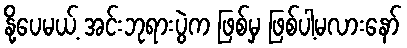
နို့ပေမယ့် အင်းဘုရားပွဲက ဖြစ်မှ ဖြစ်ပါ့မလားနော်